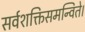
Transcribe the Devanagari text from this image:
सर्वशक्तिसमन्विते।